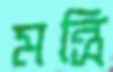
মন্ত্রি